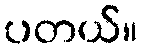
ပတယ်။